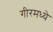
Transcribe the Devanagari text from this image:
गीरमध्ये